Vaccination in the Punjab 1867-1880 - 1867-1880
Year: 1867
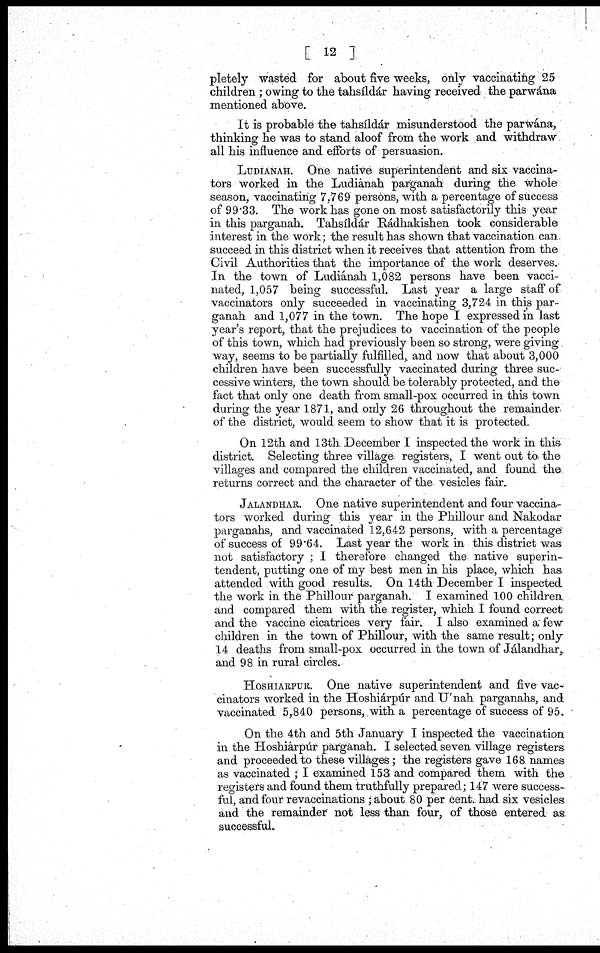
[ 12 ]
pletely wasted for about five weeks, only vaccinating 25
children ; owing to the tahsíldár having received the parwána
mentioned above.
It is probable the tahsíldár misunderstood the parwána,
thinking he was to stand aloof from the work and withdraw
all his influence and efforts of persuasion.
LUDIANAH. One native superintendent and six vaccina¬
tors worked in the Ludiánah parganah during the whole
season, vaccinating 7,769 persons, with a percentage of success
of 99.33. The work has gone on most satisfactorily this year
in this parganah. Tahsíldár Rádhakishen took considerable
interest in the work; the result has shown that vaccination can
succeed in this district when it receives that attention from the
Civil Authorities that the importance of the work deserves.
In the town of Ludiánah 1,082 persons have been vacci¬
nated, 1,057 being successful. Last year a large staff of
vaccinators only succeeded in vaccinating 3,724 in this par-
ganah and 1,077 in the town. The hope I expressed in last
year's report, that the prejudices to vaccination of the people
of this town, which had previously been so strong, were giving
way, seems to be partially fulfilled, and now that about 3,000
children have been successfully vaccinated during three suc¬
cessive winters, the town should be tolerably protected, and the
fact that only one death from small-pox occurred in this town
during the year 1871, and only 26 throughout the remainder
of the district, would seem to show that it is protected.
On 12th and 13th December I inspected the work in this
district. Selecting three village registers, I went out to the
villages and compared the children vaccinated, and found the
returns correct and the character of the vesicles fair.
JALANDHAR. One native superintendent and four vaccina¬
tors worked during this year in the Phillour and Nakodar
parganahs, and vaccinated 12,642 persons, with a percentage
of success of 99.64. Last year the work in this district was
not satisfactory ; I therefore changed the native superin¬
tendent, putting one of my best men in his place, which has
attended with good results. On 14th December I inspected
the work in the Phillour parganah. I examined 100 children
and compared them with the register, which I found correct
and the vaccine cicatrices very fair. I also examined a few
children in the town of Phillour, with the same result; only
14 deaths from small-pox occurred in the town of Jálandhar,
and 98 in rural circles.
HOSHIARPUR. One native superintendent and five vac¬
cinators worked in the Hoshiárpúr and U'nah parganahs, and
vaccinated 5,840 persons, with a percentage of success of 95.
On the 4th and 5th January I inspected the vaccination
in the Hoshiárpúr parganah. I selected seven village registers
and proceeded to these villages; the registers gave 168 names
as vaccinated ; I examined 153 and compared them with the
registers and found them truthfully prepared; 147 were success¬
ful, and four revaccinations ; about 80 per cent. had six vesicles
and the remainder not less than four, of those entered as
successful.